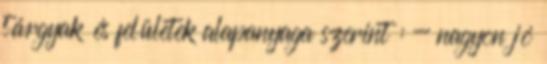
tárgyak és felületek alapanyaga szerint : - nagyon jó